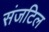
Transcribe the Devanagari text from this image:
संजटिल